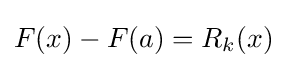
{\textstyle F(x)-F(a)=R_{k}(x)}